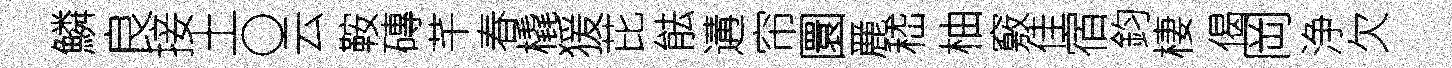
鱗良接土〇云鞍磚芊春橇猨芘䏻遘帘圜䴡嵇柚竅佳宿鈞棲偈岡浄欠